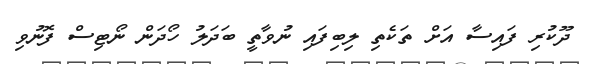
ދޫކުރި ފައިސާ އަށް ތަކެތި ލިބިފައި ނުވާތީ ބަދަލު ހޯދަން ނޯޓިސް ފޮނުވި